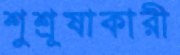
শুশ্রূষাকারী